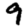
Digit: 9